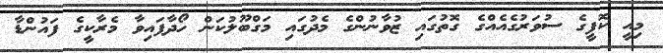
މިއީ ކޮފީގެ ސުވަރުގެއެއްގެ ގޮތުގައި ޒުވާނުންގެ މެދުގައި މަގްބޫލުކަން ހޯދާފައިވާ މެރާކީގެ ފައުންޑާ